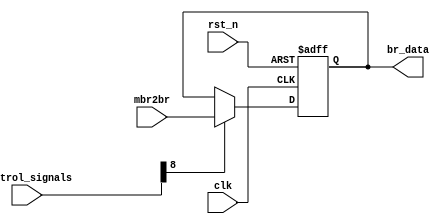
module BR (
    input                clk,
    input                rst_n,
    input         [15:0] control_signals,
    input         [15:0] mbr2br,
    output signed [15:0] br_data
);
    reg [15:0] br_data_reg;
    assign br_data = br_data_reg;
    always @(posedge clk or negedge rst_n) begin
        if (!rst_n) begin
            br_data_reg <= 16'd0;
        end 
        else begin
            if (control_signals[8] == 1'b1) br_data_reg <= mbr2br;
        end
    end
endmodule